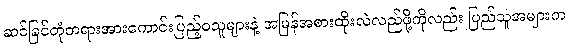
ဆင်ခြင်တုံတရားအားကောင်းပြည့်ဝသူများနဲ့ အမြန်အစားထိုးလဲလည်ဖို့ကိုလည်း ပြည်သူအများက